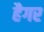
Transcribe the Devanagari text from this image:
हैगर